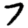
Digit: 7